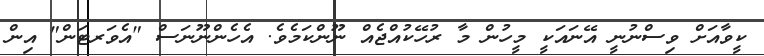
ކީވާއަށް ވިސްނުނީ އޭނައަކީ މީހުން މާ ރުހޭކުއްޖެއް ނޫންކަމެވެ. އެހެންނޫނަސް "އެވަރޓަން" އިން